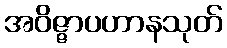
အဝိဇ္ဇာပဟာနသုတ်